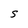
Character: S